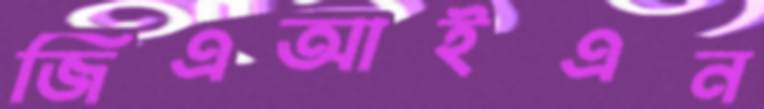
জিএআইএন